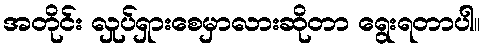
အတိုင်း လှုပ်ရှားစေမှာလားဆိုတာ ရွေးရတာပါ။